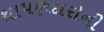
થાપણદારોની